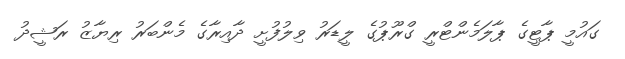
ގައުމީ ޕާޓީގެ ޕާލަމެންޓްރީ ގްރޫޕުގެ ލީޑަރު ވިލުފުށީ ދާއިރާގެ މެންބަރު ރިޔާޒު ރަޝީދު